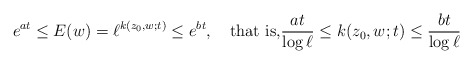
\begin{align*}e^{at}\le E(w)=\ell^{k(z_0,w;t)}\le e^{bt},\quad\mbox{that is,}\frac{at}{\log \ell}\le k(z_0,w;t)\le \frac{bt}{\log \ell}\end{align*}